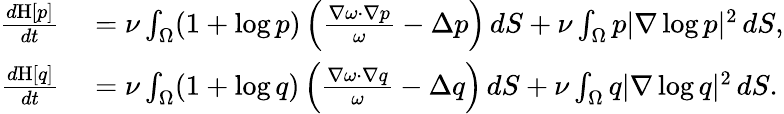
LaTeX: \begin{array}{rl}{\frac{d\mathrm{H}[p]}{dt}}&{{}=\nu\int_{\Omega}(1+\log p)\left(\frac{\nabla\omega\cdot\nabla p}{\omega}-\Delta p\right)\, dS+\nu\int_{\Omega}p|\nabla\log p|^{2}\, dS,}\\ {\frac{d\mathrm{H}[q]}{dt}}&{{}=\nu\int_{\Omega}(1+\log q)\left(\frac{\nabla\omega\cdot\nabla q}{\omega}-\Delta q\right)\, dS+\nu\int_{\Omega}q|\nabla\log q|^{2}\, dS.}\end{array}